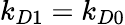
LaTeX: k_{D1}=k_{D0}